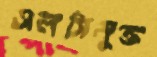
এলসিমুক্ত